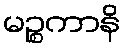
မဉ္စကာနိ